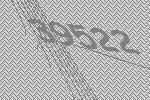
39522